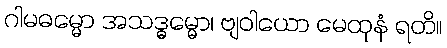
ဂါမဓမ္မော အသဒ္ဓမ္မော၊ ဗျဝါယော မေထုနံ ရတိ။